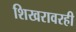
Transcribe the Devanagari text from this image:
शिखरावरही